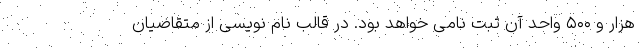
هزار و ۵۰۰ واحد آن ثبت نامی خواهد بود. در قالب نام نویسی از متقاضیان